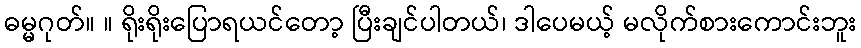
ဓမ္မဂုတ်။ ။ ရိုးရိုးပြောရယင်တော့ ပြီးချင်ပါတယ်၊ ဒါပေမယ့် မလိုက်စားကောင်းဘူး